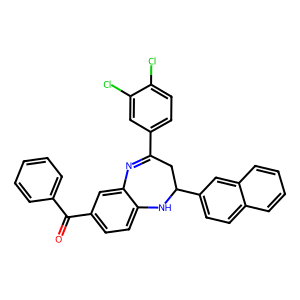
SMILES: O=C(c1ccccc1)c1ccc2c(c1)N=C(c1ccc(Cl)c(Cl)c1)CC(c1ccc3ccccc3c1)N2
Inhibits HIV replication: No